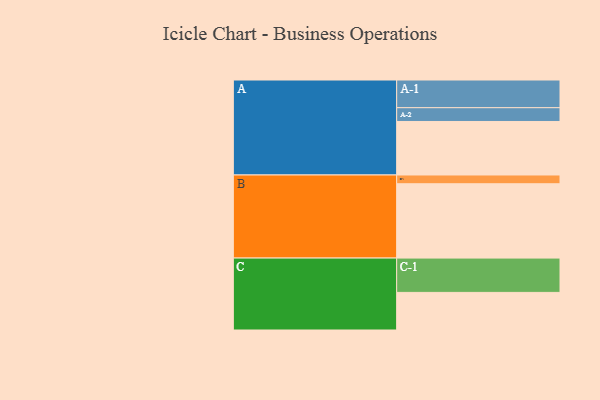
{"axis": {"x": "Segment", "y": "Value"}, "legend": ["", "A", "B", "C"], "data": [{"x": "A", "y": 427, "type": ""}, {"x": "B", "y": 593, "type": ""}, {"x": "C", "y": 300, "type": ""}, {"x": "A-1", "y": 221, "type": "A"}, {"x": "A-2", "y": 110, "type": "A"}, {"x": "B-1", "y": 70, "type": "B"}, {"x": "C-1", "y": 274, "type": "C"}]}